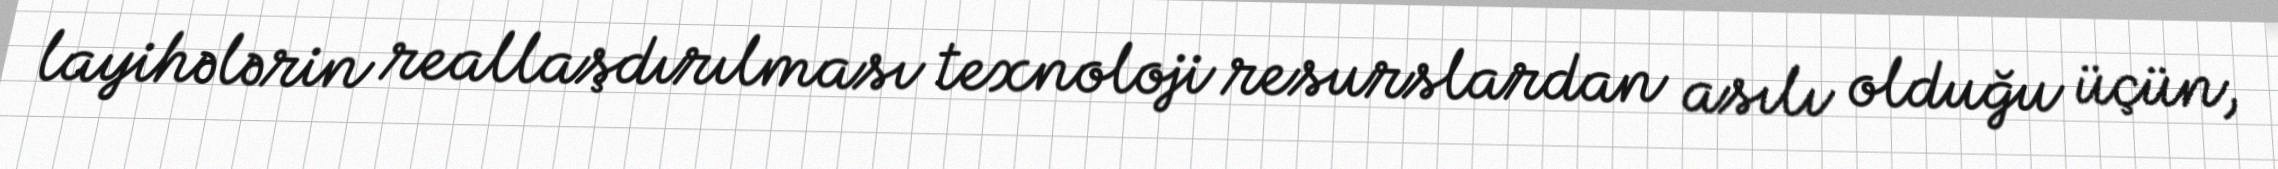
layihələrin reallaşdırılması texnoloji resurslardan asılı olduğu üçün,